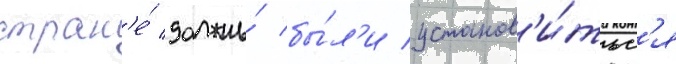
стран'е́ должны́ бы́л'и установ'и́тьс'я